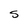
Character: S